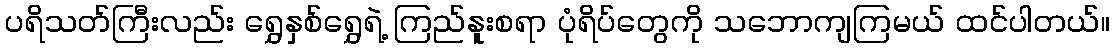
ပရိသတ်ကြီးလည်း ရွှေနှစ်ရွှေရဲ့ ကြည်နူးစရာ ပုံရိပ်တွေကို သဘောကျကြမယ် ထင်ပါတယ်။